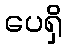
ပေရှိ